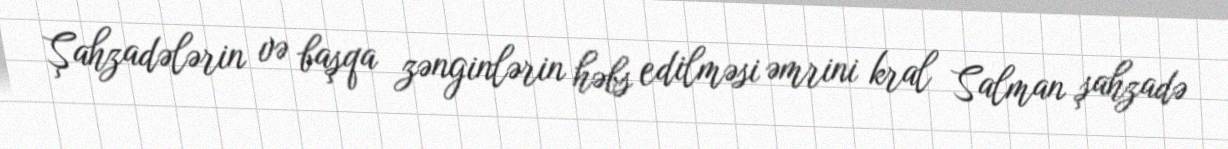
Şahzadələrin və başqa zənginlərin həbs edilməsi əmrini kral Salman şahzadə